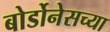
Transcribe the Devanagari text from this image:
बोर्डोनेसच्या